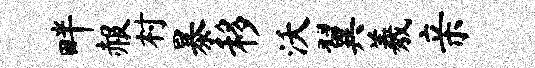
畔赧村暴移沃翼羲亲